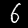
Label: 6